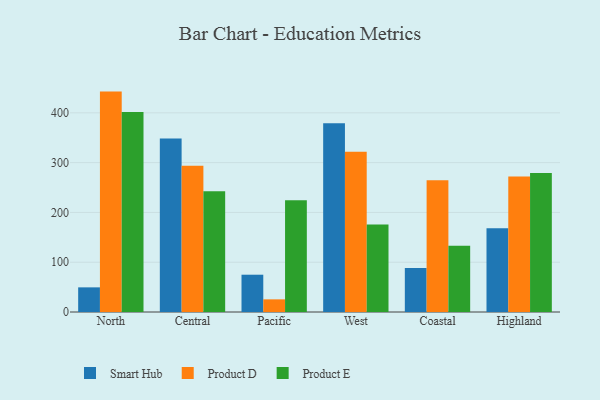
{"axis": {"x": "Region", "y": "Churn Rate (%)"}, "legend": ["Product D", "Product E", "Smart Hub"], "data": [{"x": "North", "y": 49.5, "type": "Smart Hub"}, {"x": "North", "y": 442.7, "type": "Product D"}, {"x": "North", "y": 401.5, "type": "Product E"}, {"x": "Central", "y": 348.3, "type": "Smart Hub"}, {"x": "Central", "y": 294.0, "type": "Product D"}, {"x": "Central", "y": 242.4, "type": "Product E"}, {"x": "Pacific", "y": 74.9, "type": "Smart Hub"}, {"x": "Pacific", "y": 25.4, "type": "Product D"}, {"x": "Pacific", "y": 224.3, "type": "Product E"}, {"x": "West", "y": 379.0, "type": "Smart Hub"}, {"x": "West", "y": 321.9, "type": "Product D"}, {"x": "West", "y": 175.6, "type": "Product E"}, {"x": "Coastal", "y": 88.5, "type": "Smart Hub"}, {"x": "Coastal", "y": 264.7, "type": "Product D"}, {"x": "Coastal", "y": 133.3, "type": "Product E"}, {"x": "Highland", "y": 168.2, "type": "Smart Hub"}, {"x": "Highland", "y": 272.3, "type": "Product D"}, {"x": "Highland", "y": 279.1, "type": "Product E"}]}